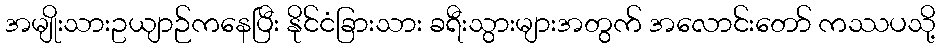
အမျိုးသားဥယျာဉ်ကနေပြီး နိုင်ငံခြားသား ခရီးသွားများအတွက် အလောင်းတော် ကဿပသို့